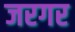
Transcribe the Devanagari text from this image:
जरगर